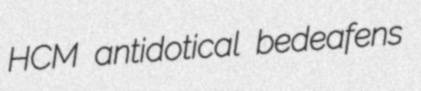
HCM antidotical bedeafens